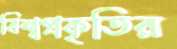
বিশ্বপ্রকৃতির